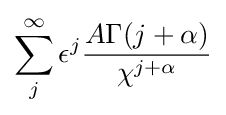
\sum _{j}^{\infty }\epsilon ^{j}{\frac {A\Gamma (j+\alpha )}{\chi ^{j+\alpha }}}